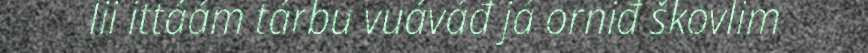
lii ittáám tárbu vuáváđ já orniđ škovlim